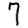
Digit: 7